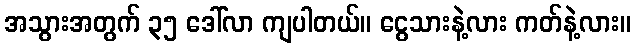
အသွားအတွက် ၃၅ ဒေါ်လာ ကျပါတယ်။ ငွေသားနဲ့လား ကတ်နဲ့လား။